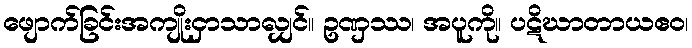
ဖျောက်ခြင်းအကျိုးငှာသာလျှင်။ ဥဏှဿ၊ အပူကို။ ပဋိဃာတာယဧဝ၊